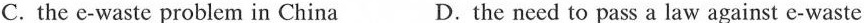
C. the e-waste problem in China D. the need to pass a law against e-waste